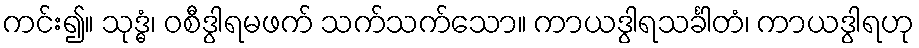
ကင်း၍။ သုဒ္ဓံ၊ ဝစီဒွါရမဖက် သက်သက်သော။ ကာယဒွါရသင်္ခါတံ၊ ကာယဒွါရဟု